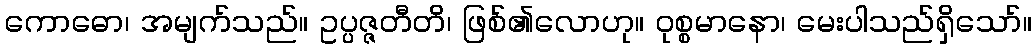
ကောဓော၊ အမျက်သည်။ ဥပ္ပဇ္ဇတီတိ၊ ဖြစ်၏လောဟု။ ဝုစ္စမာနော၊ မေးပါသည်ရှိသော်။